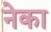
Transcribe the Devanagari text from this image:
नेका